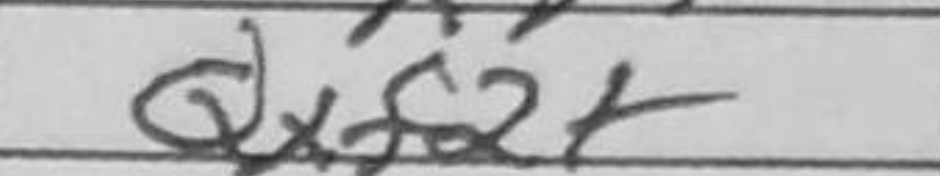
Transcription: Qxf2+